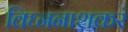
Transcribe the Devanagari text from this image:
विघ्ननाशकरं